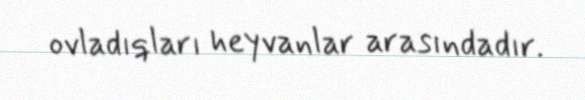
ovladıqları heyvanlar arasındadır.